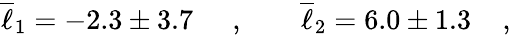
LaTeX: \overline{{{\ell}}}_{1}=-2.3\pm 3.7\; \; \; \; \; ,\; \; \; \; \; \; \; \overline{{{\ell}}}_{2}=6.0\pm 1.3\; \; \; \; ,